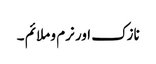
نازک اور نرم و ملائم ۔